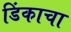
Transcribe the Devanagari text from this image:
डिंकाचा